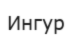
Ингур